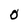
Character: 0